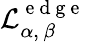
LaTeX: \mathcal{L}_{\alpha,\, \beta}^{\mathrm{~e~d~g~e~}}